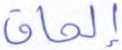
إلحاق